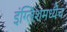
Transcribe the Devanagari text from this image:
इंग्लिशमध्येच